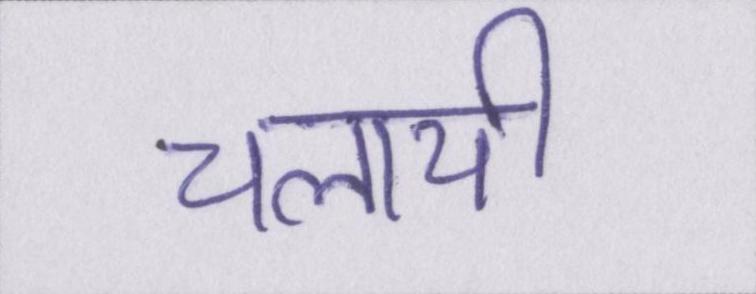
चलायी